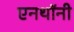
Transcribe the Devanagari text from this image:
एनथॉनी